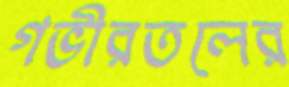
গভীরতলের